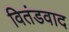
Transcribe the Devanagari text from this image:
वितंडवाद